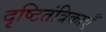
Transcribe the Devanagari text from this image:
दृष्टितंत्रिकाएँ